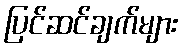
ပြင်ဆင်ချက်များ